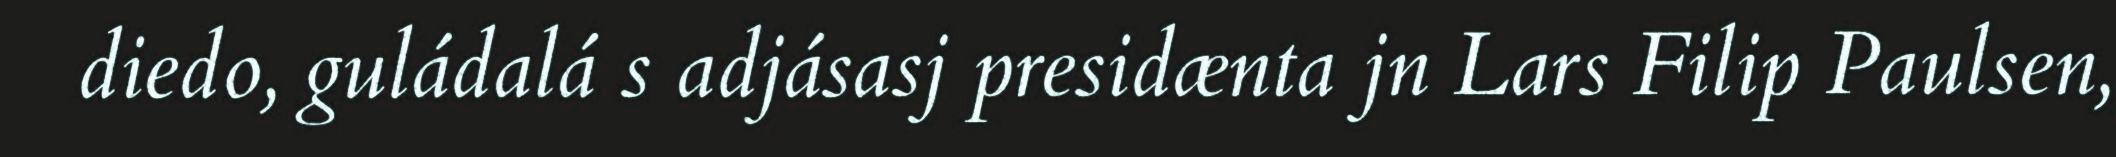
diedo, guládalá s adjásasj presidænta jn Lars Filip Paulsen,